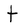
Character: t